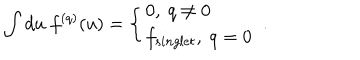
LaTeX: \int d u \; f ^ { ( q ) } ( u ) = \left\{ \begin{array} { l l } { { 0 , \ q \neq 0 } } \\ { { f _ { s i n g l e t } , \ q = 0 } } \\ \end{array} \right. \ .